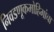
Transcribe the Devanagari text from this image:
निवडणूकमोहिमांचा